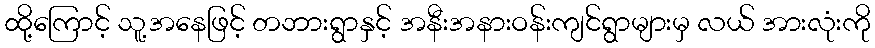
ထို့ကြောင့် သူ့အနေဖြင့် တဘားရွာနှင့် အနီးအနားဝန်းကျင်ရွာများမှ လယ် အားလုံးကို